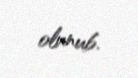
olunub.